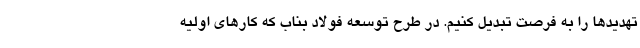
تهدیدها را به فرصت تبدیل کنیم. در طرح توسعه فولاد بناب که کارهای اولیه